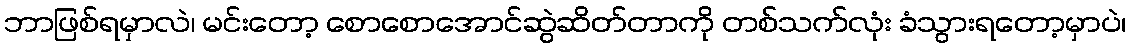
ဘာဖြစ်ရမှာလဲ၊ မင်းတော့ စောစောအောင်ဆွဲဆိတ်တာကို တစ်သက်လုံး ခံသွားရတော့မှာပဲ၊